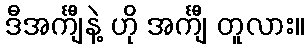
ဒီအင်္ကျီနဲ့ ဟို အင်္ကျီ တူလား။